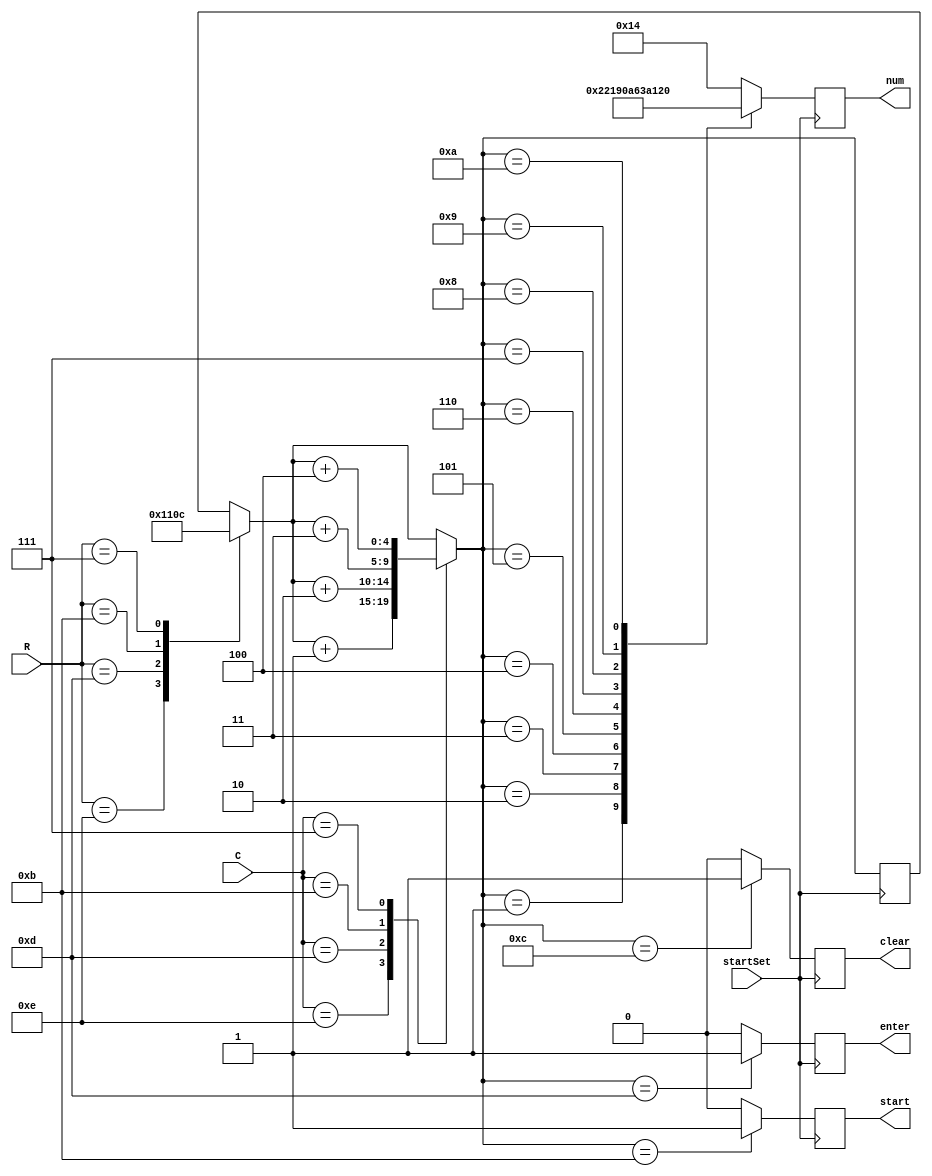
module setNum (C,R,startSet,num,start,clear,enter);
   input [3:0] C;
	input [3:0] R;
	input startSet;
	output reg [4:0] num;
	output reg start;
	output reg clear;
	output reg enter;
	reg [4:0] key;
	initial
	   begin
		num<=20;
		start<=0;
		clear<=0;
		enter<=0;
		end
		
	always @ (posedge startSet)  //
	   begin
		num<=20;
		start<=0;
		clear<=0;
		enter<=0;
		case(R)
		   4'b1110:key=0;
			4'b1101:key=4;
			4'b1011:key=8;
			4'b0111:key=12;
		endcase
		case(C)
		   4'b1110:key=key+1;
			4'b1101:key=key+2;
			4'b1011:key=key+3;
			4'b0111:key=key+4;
		endcase
		case(key)
		   1:num<=1;
			2:num<=2;
			3:num<=3;
			4:num<=4;
			5:num<=5;
			6:num<=6;
			7:num<=7;
			8:num<=8;
			9:num<=9;
			10:num<=0;
			11:start<=1;
			12:clear<=1;
			13:enter<=1;
			default:
			   begin
				num<=20;
				start<=0;
				clear<=0;
				enter<=0;
				end
		endcase
		end
endmodule